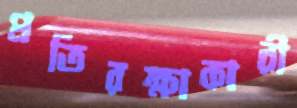
প্রতিরক্ষাকারী